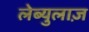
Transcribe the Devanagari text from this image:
लेब्युलाज़